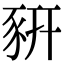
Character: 豣